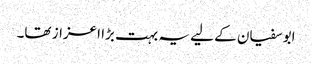
ابوسفیان کے لیے یہ بہت بڑا اعزاز تھا۔